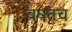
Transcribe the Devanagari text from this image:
बघतच